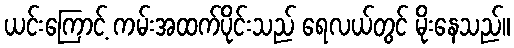
ယင်းကြောင့် ကမ်းအထက်ပိုင်းသည် ရေလယ်တွင် မိုးနေသည်။